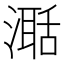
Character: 𣽅